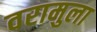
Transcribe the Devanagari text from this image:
वरामुला